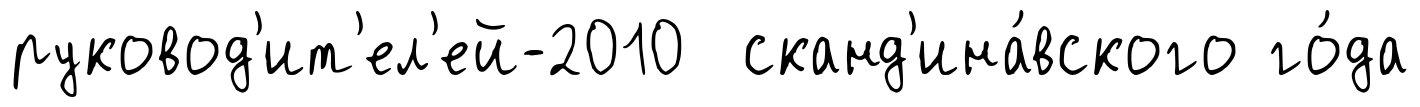
руковод'ит'ел'ей-2010 сканд'ина́вского го́да